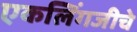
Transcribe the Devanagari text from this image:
एकलिंगजीचे